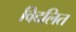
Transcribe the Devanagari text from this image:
विदलित